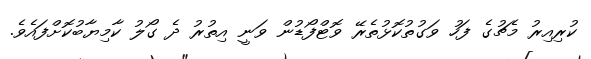
ކުރިއިރު މެޗުގެ ފަހު ވަގުތުކޮޅުތެރޭ ވޮޓްފޯޑުން ވަނީ އިތުރު ދެ ގޯލު ކާމިޔާބުކޮށްފައެވެ.